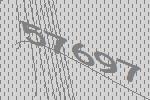
57697